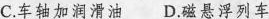
C.车轴加润滑油 D.磁悬浮列车